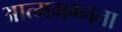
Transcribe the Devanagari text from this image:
आत्ममग्नता